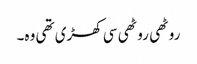
روٹھی روٹھی سی کھڑی تھی وہ۔